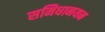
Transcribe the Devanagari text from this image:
समिधानयन